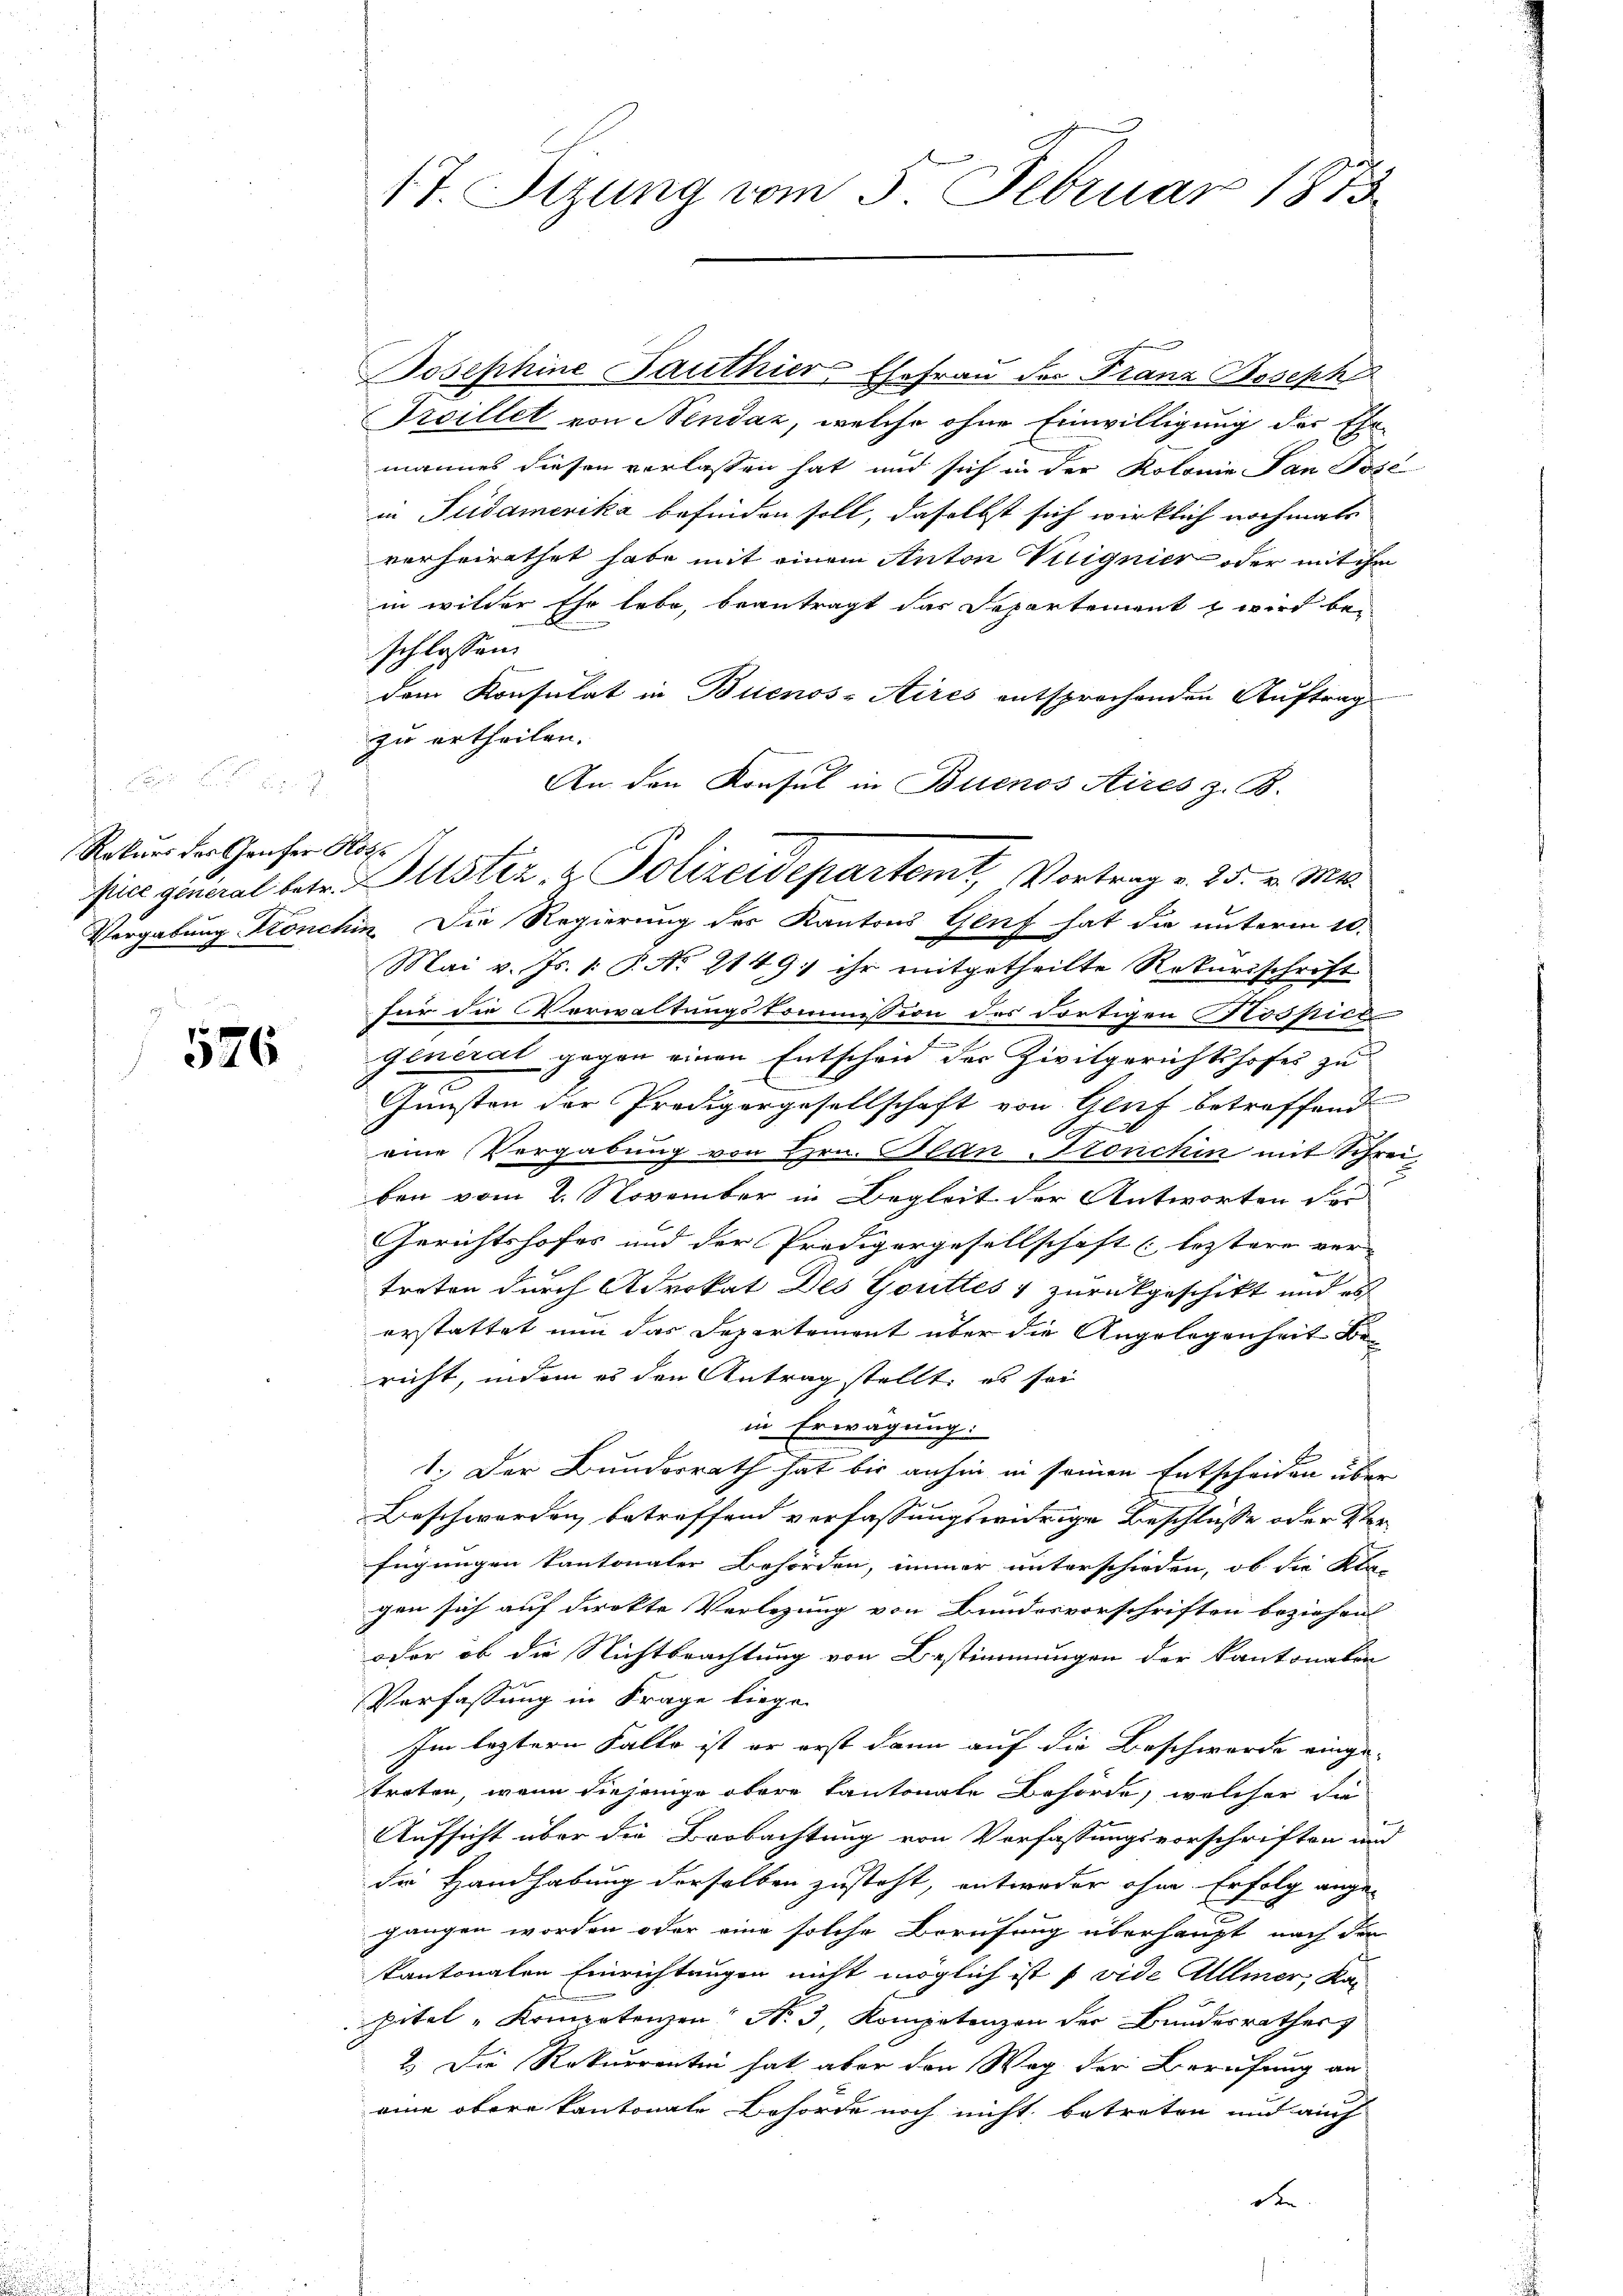
Rekurs des Grufer Kos

526

17. Sizung vom 5. Februar 1873.

Josephine Sauthier Ehefrau der Franz Joseph
Freillet von Nendaz, welche ohne Einwilligung der Ehe-
mannes diesen verlassen hat und sich in der Kolonie dan Jose
in Südamerika befinden soll, daselbst sich wirklich nochmals
vorheirathet habe mit einem Anton Vuignier oder mit ihm
in wilder Ehe lebe, beantragt das Departement & wird be-
schlossen:
dem Konsulat in Buenos-Atirés entsprochenden Auftrag
zu ertheilen.
An den Konsul in Buenos Aires z. B.
Vergabung Könchin. Die Regierung des Kantons Genf hat die unterm 10.
Mai v. Js. 1. P. No 2149) ihr mitgetheilte Rekursschrift
für die Verwaltungskommission des dortigen Kostice
General gegen einen Entscheid der Zivilgerichtshofes zu
Gunsten der Prodigargesellschaft von Gluf betreffend
.
eine Vergabung von Hrn. Plan Kronchin mit Schrei-
ben vom 2. November in Begleit der Antworten der
Gerichtshofes und der Predigergesellschaft (leztere ver- |
treten durch Advokat Des Gottes & zurückgeschikt und es
erstattet nun das Departement über die Angelegenheit Bericht, indem es den Antrag stellt, es sei
in Erwägung:
T: Der Bundesrath hat bis anhin in seinen Entscheiden über
Beschwerden betreffend verfassungswidrige Beschlüsse oder Ver-
fügungen kantonaler Behörden, immer unterschieden, ob die Kla-
gen sich auf direkte Verlegung von Bundesvorschriften beziehen
oder ob die Nichtbrachtung von Bestimmungen der Kantonalen
Verfassung in Frage liege.
Im leztern Falle ist er erst dann auf die Beschwerde einge-
treten, wenn diejenige obere Kantonale Behörde, welcher die
Aufsicht über die Beobachtung von Verfassungsvorschriften und
die Handhabung derselben zusteht, entweder ohne Erfolg ange-
gangen worden oder eine solche Berufung überhaupt nach den
kantonalen Einrichtungen nicht möglich ist (vide Allmer, Ka
pitel „Kompetenzen N. 3. Kompetenzen der Bundesrathes
2.) Die Rekurrenten hat aber den Weg der Berufung an
eine obere kantonale Behörde noch nicht betreten und auch

fice general betr. Gustiz- & Polizeidepartemt, Vortrag v. 25. v. Mts.